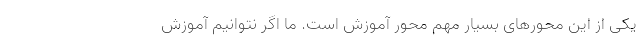
یکی از این محورهای بسیار مهم محور آموزش است. ما اگر نتوانیم آموزش